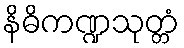
နိဓိကဏ္ဍသုတ္တံ